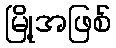
မြို့အဖြစ်